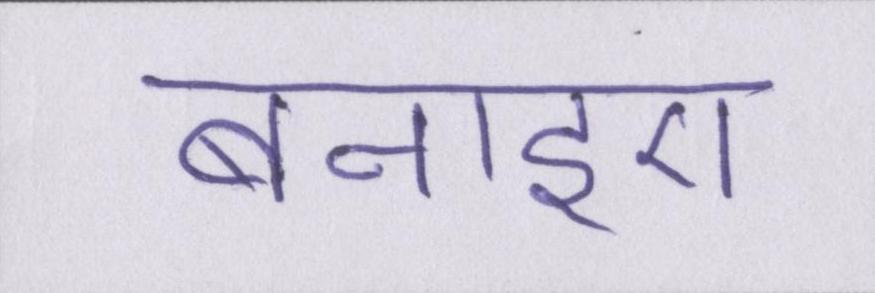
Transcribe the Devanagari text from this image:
बनाइए।